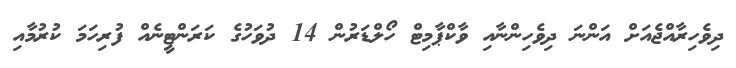
ދިވެހިރާއްޖެއަށް އަންނަ ދިވެހިންނާއި ވާކްޕާމިޓް ހޯލްޑަރުން 14 ދުވަހުގެ ކަރަންޓީނެއް ފުރިހަމަ ކުރުމާއި